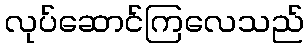
လုပ်ဆောင်ကြလေသည်